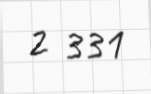
2 331